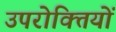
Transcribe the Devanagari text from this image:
उपरोक्तियों